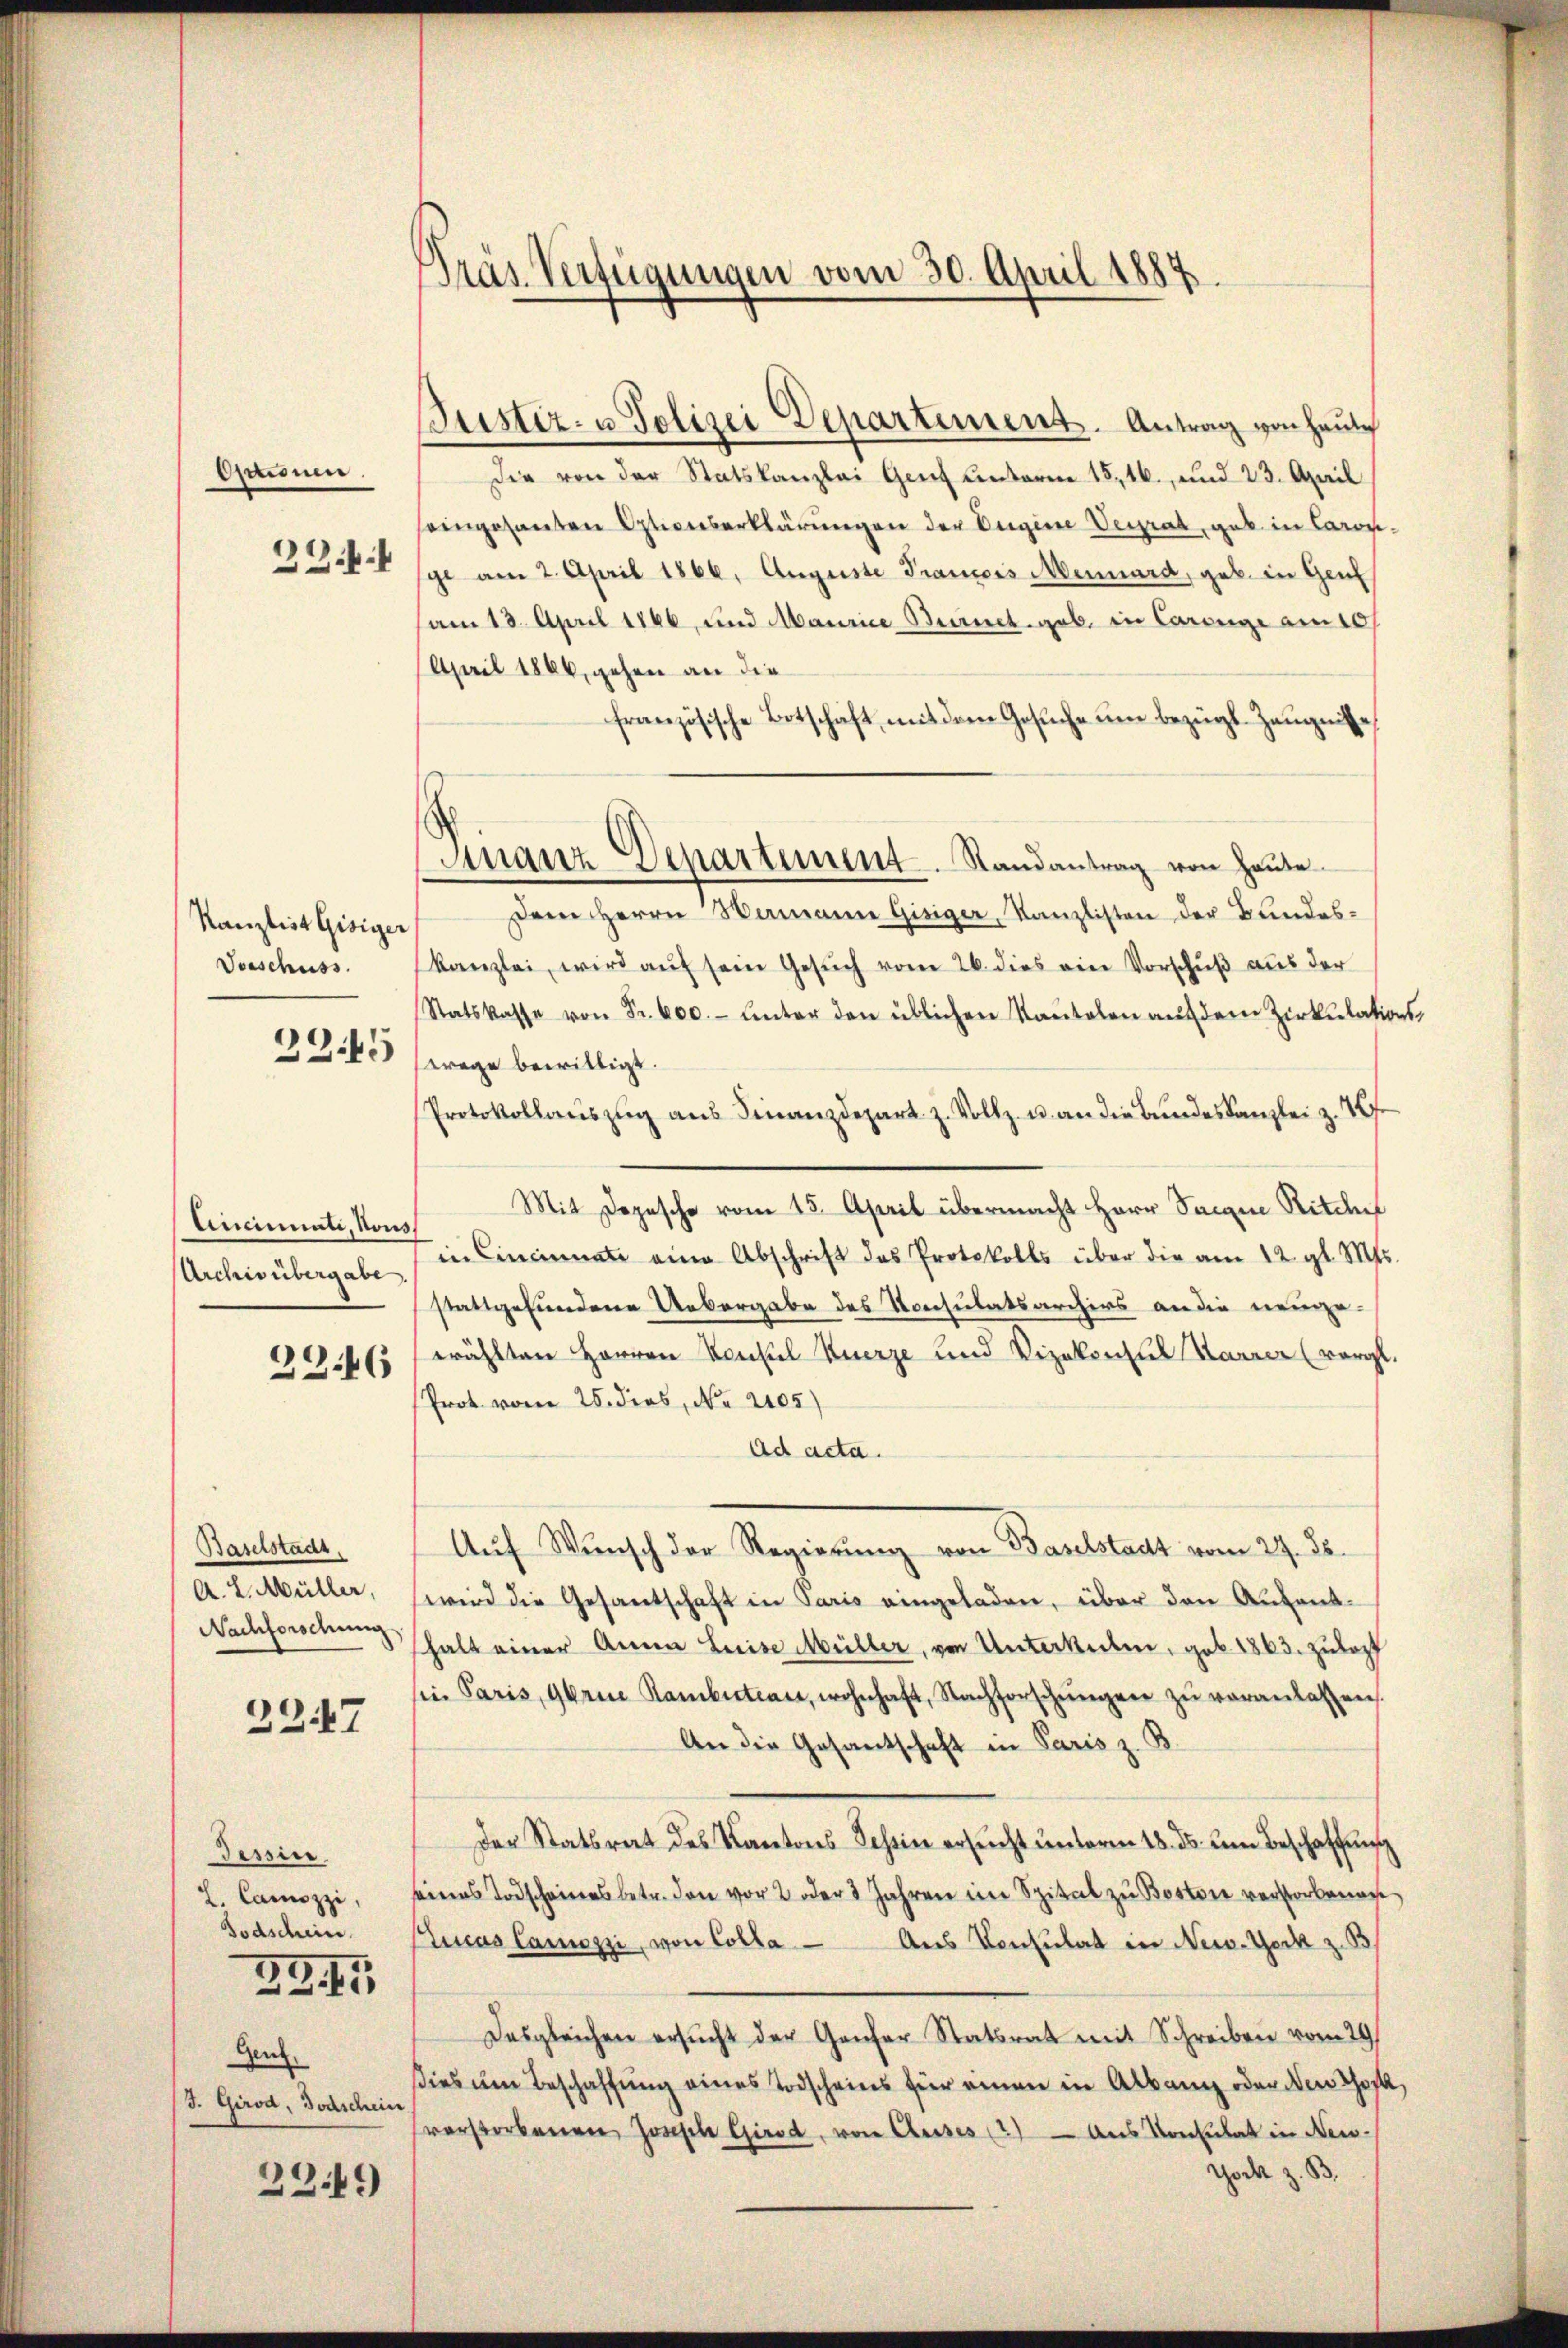
Ocione.
23

Kanzlist Gisiger
Vorschuss.

23.45

Uncinati, Rous
Archiv übergabe

)
46

Baselstadt,
A. L. Müller,
Nachforschung

2247

Tessin.
2. Camozzi,
Todschein

2.G. 15

Ges.
J. Girod, Jodschein

229

PPräs. Verfügungen vom 30. April 1884

Finanz Departement. Randantrag von Hause

Justiz- u. Polizei Departement. Antrag von heute
Die von der Statskanzlei Genf unterm 15,16., und 23. April
seingesanten Optionserklärungen der Eugine Verrat, geb. in Coronge am 2. April 1866. Auguste Prancois Mennard, geb. in Genf
am 13. April 1866, und Maurice Bernet geb. in Corrige am 10
April 1866, gehen an die
französische Botschaft, mit dem Gesuche um bezügl. Zeugnisse,
Dem HHerrn Wemann Gisiger, Kanzlisten der Bundeskanzlei, wird aŭf sein Gesŭch vom 26. dies ein Vorschuß aus der
Statskasse von Fr. 600. unter den üblichen Kaŭtolen auf dem Zirkulationswrege bewilligt.
Protokollaŭszŭg aŭs Finanzdepart z. Vollz u. an die Bŭndeskanzlei z. 10
Mit Depesche vom 15. April übermacht Herr Seine Ritter
in Cincinate eine Abschrift das Protokolls über die am 12. gl. Mts.
stattgefundene Uebergabe des Konsulatsarchivs an die neuge-
wählten Herren Konkel Kuerze und Vizekonsul Karner (vergl.
Prot von 25. dies, No. 2105)
Ad acta.
Auf Wunsch der Regierung von Baselstadt vom 27. ds.
wird die Gesantschaft in Paris eingeladen, über den Aufenthalt einer Anna Luise Müller, von Unterkeiten, geb. 1863. Zulezt
sie Paris, Gerine Rambitian, wohnhaft, Nachforschŭngen zŭ veranlassen.
An die Gesantschaft in Paris z. B.
Der Statsrat des Kantons Tessin ersucht unterm 18. ds. um Beschaffung
seines Todscheines betr. den vor 2 oder 3 Jahren im Spital zu Boston verstorbenan
Lucas Camozzi, von Colla aus Konsulat in New-York z. B
Desgleichen ersucht der Genfer Statsrat mit Schreiben vom 29
dies um Beschaffung eines Todscheins für einen in Albang oder den chose,
verstorbenen Jonsch Girod, von Ausses (2) — Aus Konsulat in New-
Tock z. B.